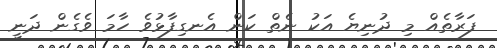
ފަރާތެއް މި ދުނިޔެ އަކު ނެތް ކަން އެނގިފާޅުވެ ހާމަ ވެގެން ދަނީ